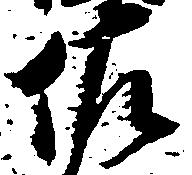
佐